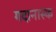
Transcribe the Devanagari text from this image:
गदानास्क